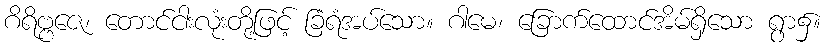
ဂိရိဗ္ဗဇေ၊ တောင်ငါးလုံးတို့ဖြင့် ခြံရံအပ်သော။ ဂါမေ၊ ခြောက်ထောင်အိမ်ရှိသော ရွာ၌။